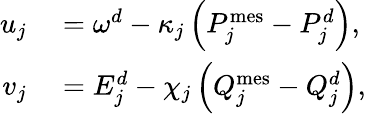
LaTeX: \begin{array}{rl}{u_{j}}&{{}=\omega^{d}-\kappa_{j}\left(P_{j}^{\mathrm{mes}}-P_{j}^{d}\right),}\\ {v_{j}}&{{}=E_{j}^{d}-\chi_{j}\left(Q_{j}^{\mathrm{mes}}-Q_{j}^{d}\right),}\end{array}